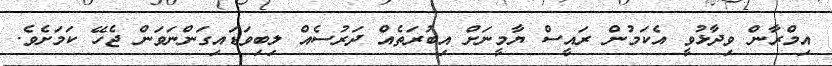
އިމްރާން ވިދާޅުވީ އެކަމުން ރައީސް ޔާމީނަށް އިބުރަތެއް ދަރުސެއް ލިބިވަޑައިގަންނަވަން ޖެހޭ ކަމަށެވެ.